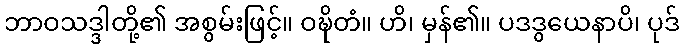
ဘာဝသဒ္ဒါတို့၏ အစွမ်းဖြင့်။ ဝဍ္ဎိတံ။ ဟိ၊ မှန်၏။ ပဒဒွယေနာပိ၊ ပုဒ်